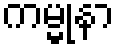
ကမ္မုနာ